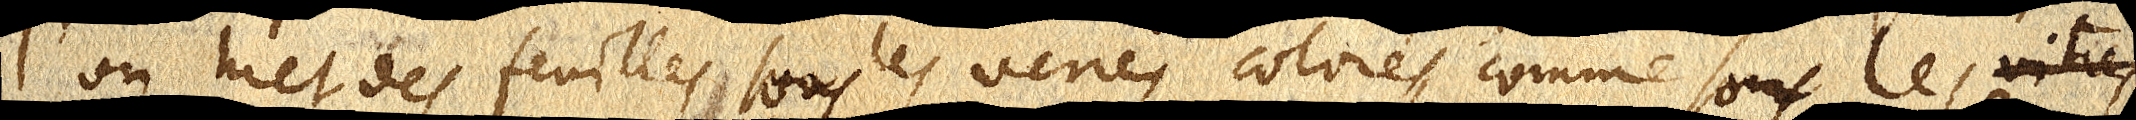
l’on met des feuilles sous les verres colorés, comme sous les vitres